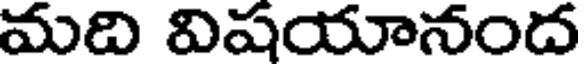
మది విషయానంద